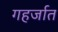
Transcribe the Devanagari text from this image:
गहर्जात